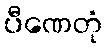
ပီဏေတုံ